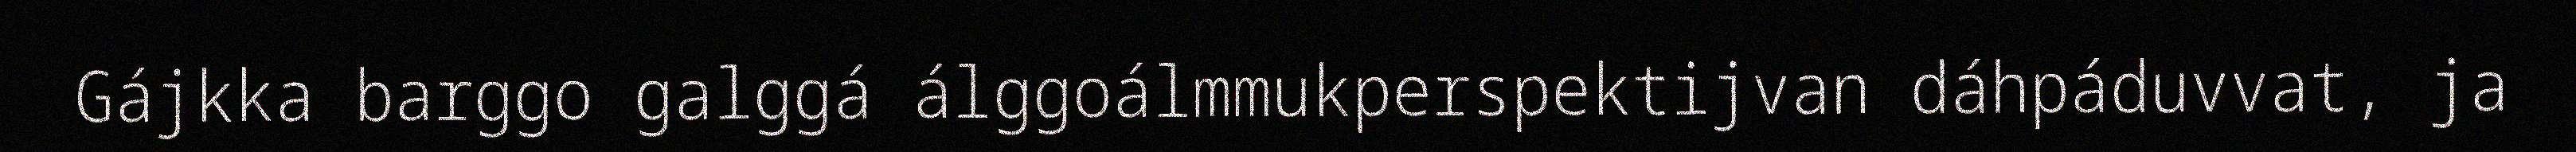
Gájkka barggo galggá álggoálmmukperspektijvan dáhpáduvvat, ja